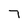
Character: 7